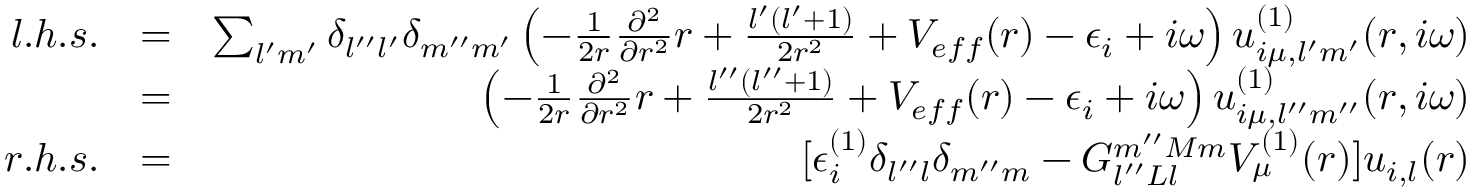
\begin{array} { r l r } { l . h . s . } & { = } & { \sum _ { l ^ { \prime } m ^ { \prime } } \delta _ { l ^ { \prime \prime } l ^ { \prime } } \delta _ { m ^ { \prime \prime } m ^ { \prime } } \left( - \frac { 1 } { 2 r } \frac { \partial ^ { 2 } } { \partial r ^ { 2 } } r + \frac { l ^ { \prime } ( l ^ { \prime } + 1 ) } { 2 r ^ { 2 } } + V _ { e f f } ( r ) - \epsilon _ { i } + i \omega \right) u _ { i \mu , l ^ { \prime } m ^ { \prime } } ^ { ( 1 ) } ( r , i \omega ) } \\ & { = } & { \left( - \frac { 1 } { 2 r } \frac { \partial ^ { 2 } } { \partial r ^ { 2 } } r + \frac { l ^ { \prime \prime } ( l ^ { \prime \prime } + 1 ) } { 2 r ^ { 2 } } + V _ { e f f } ( r ) - \epsilon _ { i } + i \omega \right) u _ { i \mu , l ^ { \prime \prime } m ^ { \prime \prime } } ^ { ( 1 ) } ( r , i \omega ) } \\ { r . h . s . } & { = } & { [ \epsilon _ { i } ^ { ( 1 ) } \delta _ { l ^ { \prime \prime } l } \delta _ { m ^ { \prime \prime } m } - G _ { l ^ { \prime \prime } L l } ^ { m ^ { \prime \prime } M m } V _ { \mu } ^ { ( 1 ) } ( r ) ] u _ { i , l } ( r ) } \end{array}